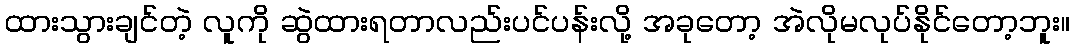
ထားသွားချင်တဲ့ လူကို ဆွဲထားရတာလည်းပင်ပန်းလို့ အခုတော့ အဲလိုမလုပ်နိုင်တော့ဘူး။